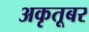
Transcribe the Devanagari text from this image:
अकृतूबर